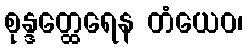
စုန္ဒတ္ထေရေန တံယေဝ၊